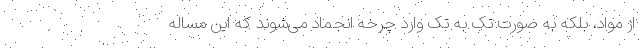
از مواد، بلکه به صورت تک به تک وارد چرخه انجماد می‌شوند که این مساله